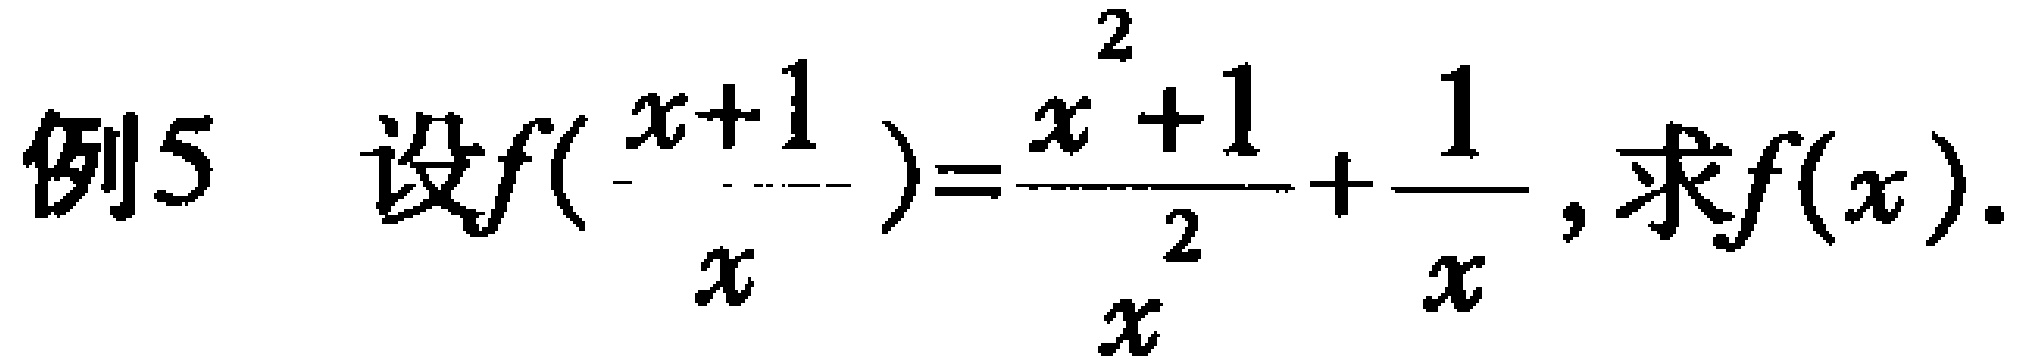
例5 设$f(\frac{x + 1}{x}) = \frac{x^{2}+1}{x^{2}}+\frac{1}{x}$, 求$f(x)$.